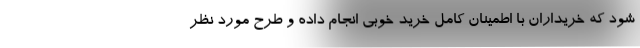
شود که خریداران با اطمینان کامل خرید خوبی انجام داده و طرح مورد نظر